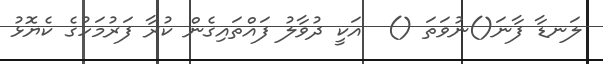
ލަނޑާ ފާނަ()ނުވަތަ ()  އަކީ ދުވާލު ފައްތައިގެން ކުރާ ފަރުމަހުގެ ކެޔޮޅު